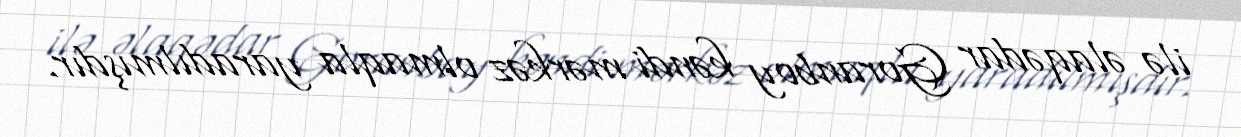
ilə əlaqədar Goranboy kəndi mərkəz olmaqla yaradılmışdır.